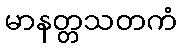
မာနတ္တသတကံ